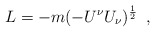
\begin{align*}L=-m(-U^{\nu} U_{\nu })^{\frac{1}{2}}\,\,\, ,\end{align*}